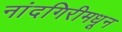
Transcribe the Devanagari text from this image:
नांदगिरीमधून